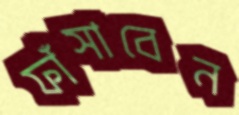
ফাঁসাবেন